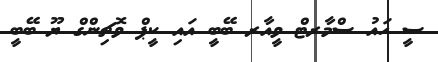
ސީ ހައު ސްމާރޓް ވީއާރ ބޭބީ އައި ކީޕް ވޮޗިންގް ޔޫ ބޭބީ